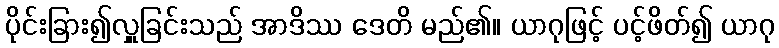
ပိုင်းခြား၍လှူခြင်းသည် အာဒိဿ ဒေတိ မည်၏။ ယာဂုဖြင့် ပင့်ဖိတ်၍ ယာဂု